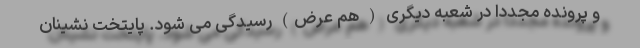
و پرونده مجددا در شعبه دیگری ( هم عرض) رسیدگی می شود. پایتخت نشینان